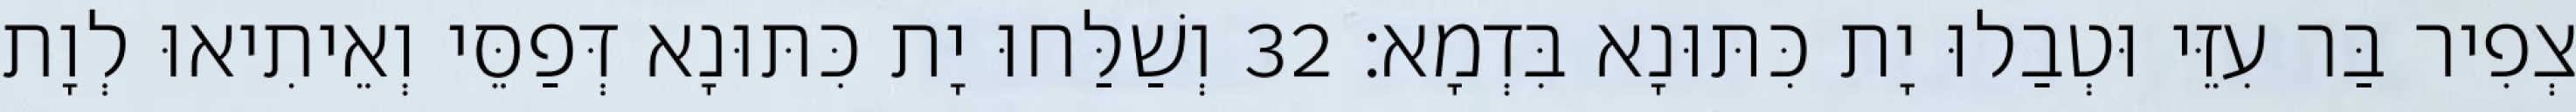
צְפִיר בַּר עִזֵּי וּטְבַלוּ יָת כִּתּוּנָא בִּדְמָא׃ 32 וְשַׁלַּחוּ יָת כִּתּוּנָא דְּפַסֵּי וְאֵיתִיאוּ לְוָת